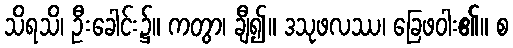
သိရသိ၊ ဦးခေါင်း၌။ ကတွာ၊ ချီ၍။ ဒသုဖလဿ၊ ခြေဖဝါး၏။ စ